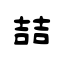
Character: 喆